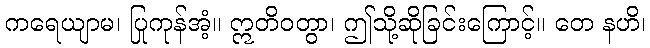
ကရေယျာမ၊ ပြုကုန်အံ့။ ဣတိဝတွာ၊ ဤသို့ဆိုခြင်းကြောင့်။ တေ နဟိ၊